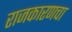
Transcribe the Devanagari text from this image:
राजकारणचा